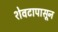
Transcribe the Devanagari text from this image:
शेवटापासून